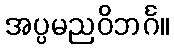
အပ္ပမညဝိဘင်္ဂ။